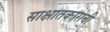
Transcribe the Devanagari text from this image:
साक्षातकाराची